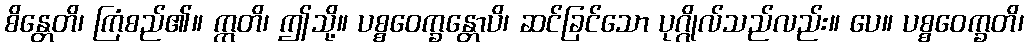
စိန္တေတိ၊ ကြံစည်၏။ ဣတိ၊ ဤသို့။ ပစ္စဝေက္ခန္တောပိ၊ ဆင်ခြင်သော ပုဂ္ဂိုလ်သည်လည်း။ ပေ။ ပစ္စဝေက္ခတိ၊